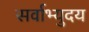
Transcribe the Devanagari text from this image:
सर्वाभ्युदय